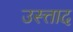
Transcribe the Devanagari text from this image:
उस्त्ताद